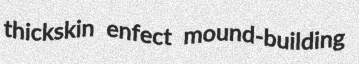
thickskin enfect mound-building